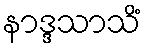
နာဒ္ဒသာသိံ